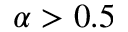
\alpha > 0 . 5